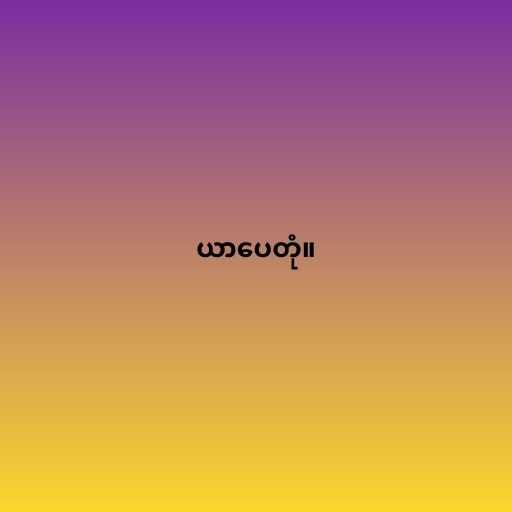
ယာပေတုံ။